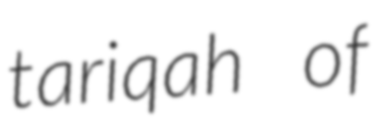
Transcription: tariqah of